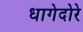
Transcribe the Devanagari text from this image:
धागेदोरे